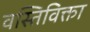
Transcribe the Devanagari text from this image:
वस्तिविक्ता